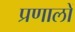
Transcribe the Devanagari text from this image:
प्रणालों